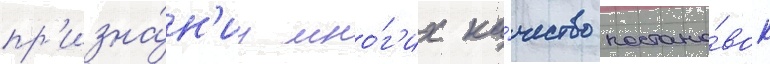
пр'изна́н'иу мно́г'их ка́чество постано́вок